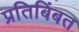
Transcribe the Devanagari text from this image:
प्रतिबिंबत